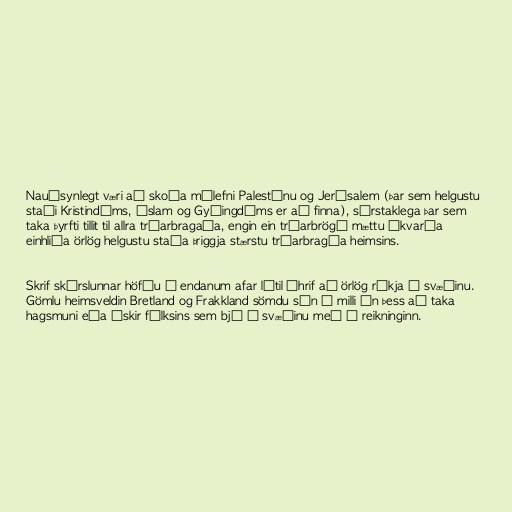
Nauðsynlegt væri að skoða málefni Palestínu og Jerúsalem (þar sem helgustu
staði Kristindóms, Íslam og Gyðingdóms er að finna), sérstaklega þar sem
taka þyrfti tillit til allra trúarbragaða, engin ein trúarbrögð mættu ákvarða
einhliða örlög helgustu staða þriggja stærstu trúarbragða heimsins.

Skrif skýrslunnar höfðu á endanum afar lítil áhrif að örlög ríkja á svæðinu.
Gömlu heimsveldin Bretland og Frakkland sömdu sín á milli án þess að taka
hagsmuni eða óskir fólksins sem bjó á svæðinu með í reikninginn.